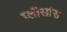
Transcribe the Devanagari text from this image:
प्लीसांस